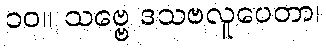
၁၀။ သဗ္ဗေ ဒသဗလူပေတာ၊